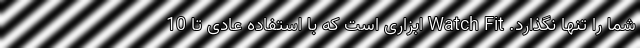
شما را تنها نگذارد. Watch Fit ابزاری است که با استفاده عادی تا 10